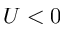
U < 0